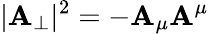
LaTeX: |\mathbf{A}_{\perp}|^{2}=-\mathbf{A}_{\mu}\mathbf{A}^{\mu}